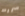
سررت